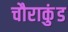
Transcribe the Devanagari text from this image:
चौराकुंड